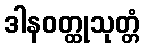
ဒါနဝတ္ထုသုတ္တံ